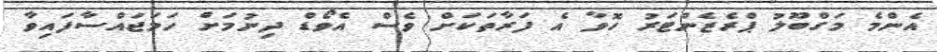
އެންމެ މަގްބޫލު ޕްރެޒެންޓަރު ހޮވާ އެ ފަރާތަކަށް ވެސް އެވޯޑް ދިނުމަށް ހަމަޖައްސާފައިވާ